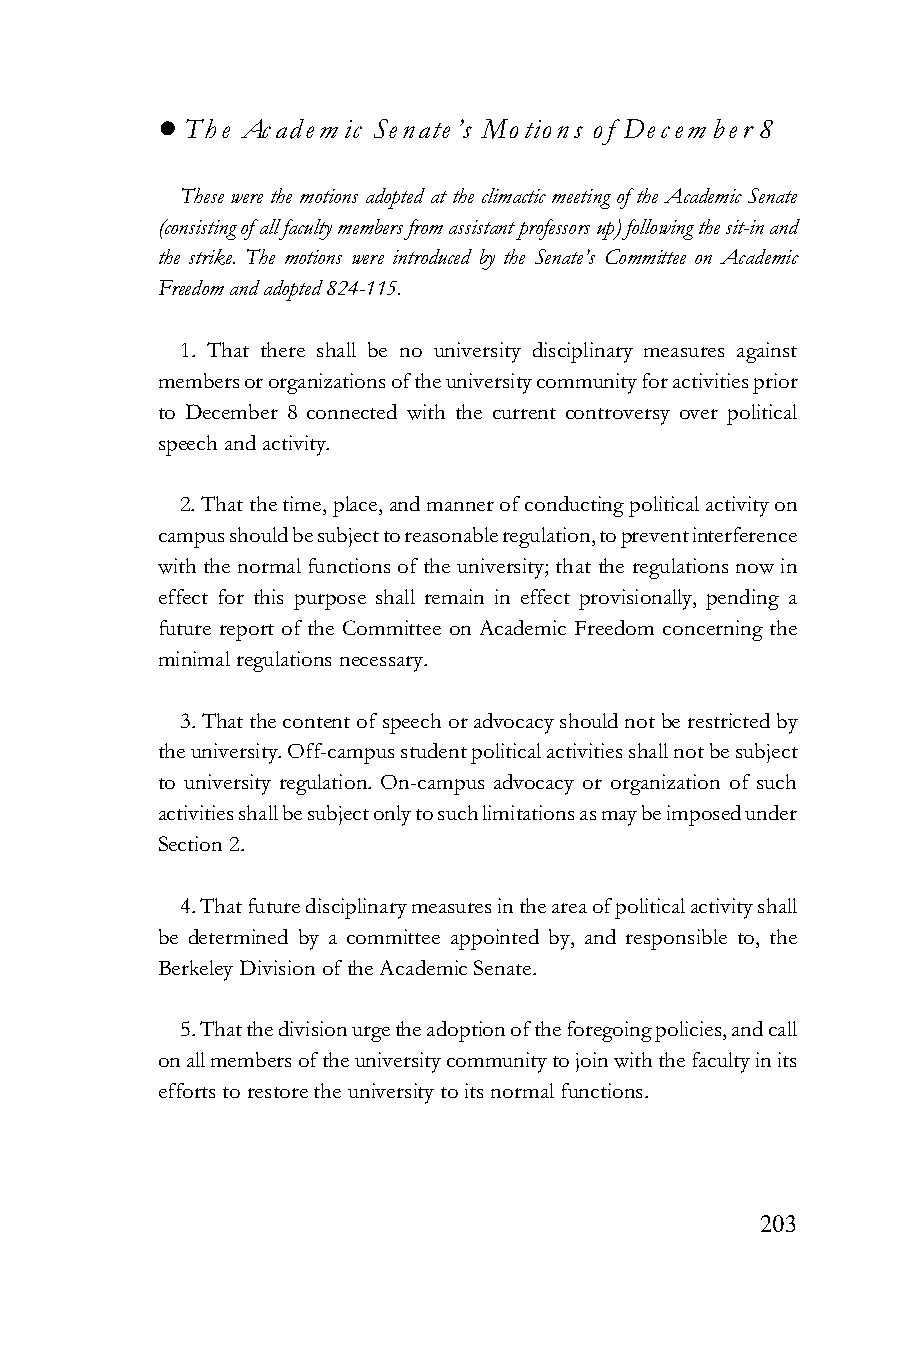
! The Academ ic Senate’s Motions of Decem ber 8
 These were the motions adopted at the climactic meeting of the Academic Senate
 (consisting of all faculty members from assistant professors up) following the sit-in and
 the strike. The motions were introduced by the Senate’s Committee on Academic
 Freedom and adopted 824-115.
 1. That there shall be no university disciplinary measures against
 members or organizations of the university community for activities prior
 to December 8 connected with the current controversy over political
 speech and activity.
 2. That the time, place, and manner of conducting political activity on
 campus should be subject to reasonable regulation, to prevent interference
 with the normal functions of the university; that the regulations now in
 effect for this purpose shall remain in effect provisionally, pending a
 future report of the Committee on Academic Freedom concerning the
 minimal regulations necessary.
 3. That the content of speech or advocacy should not be restricted by
 the university. Off-campus student political activities shall not be subject
 to university regulation. On-campus advocacy or organization of such
 activities shall be subject only to such limitations as may be imposed under
 Section 2.
 4. That future disciplinary measures in the area of political activity shall
 be determined by a committee appointed by, and responsible to, the
 Berkeley Division of the Academic Senate.
 5. That the division urge the adoption of the foregoing policies, and call
 on all members of the university community to join with the faculty in its
 efforts to restore the university to its normal functions.
 203